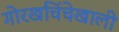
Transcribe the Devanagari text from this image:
गोरखचिंचेखाली